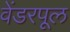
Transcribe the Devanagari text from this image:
वेंडरपूल